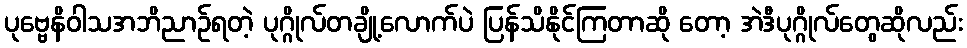
ပုဗ္ဗေနိဝါသအဘိညာဉ်ရတဲ့ ပုဂ္ဂိုလ်တချို့လောက်ပဲ ပြန်သိနိုင်ကြတာဆို တော့ အဲဒီပုဂ္ဂိုလ်တွေဆိုလည်း